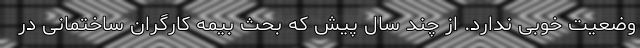
وضعیت خوبی ندارد. از چند سال پیش که بحث بیمه کارگران ساختمانی در